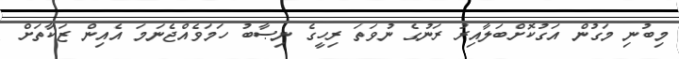
މިބުނި މަގުން އަގުކޮށްބަލާއިރު ރަނުގެ ނުވަތަ ރިހީގެ ނިޞާބު ހަމަވެއްޖެނަމަ އެއިން ޒަކާތަށް